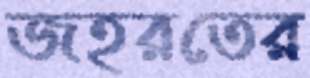
জহরতের